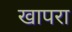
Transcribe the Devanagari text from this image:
खापरा